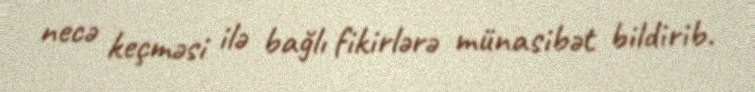
necə keçməsi ilə bağlı fikirlərə münasibət bildirib.